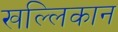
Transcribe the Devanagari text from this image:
खल्लिकान